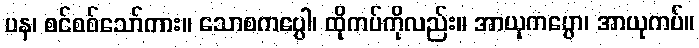
ပန၊ စင်စစ်သော်ကား။ သောစကပ္ပေါ၊ ထိုကပ်ကိုလည်း။ အာယုကပ္ပော၊ အာယုကပ်။